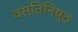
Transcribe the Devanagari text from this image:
वस्तिनिष्ठ